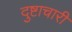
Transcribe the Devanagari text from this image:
दुष्टाचारी